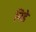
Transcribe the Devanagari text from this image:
मिडे